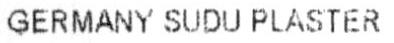
GERMANY SUDU PLASTER